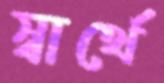
স্বার্থে